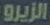
الزيرو